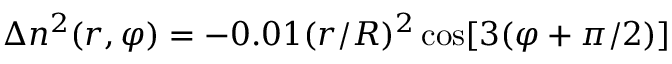
\Delta n ^ { 2 } ( r , \varphi ) = - 0 . 0 1 ( r / R ) ^ { 2 } \cos [ 3 ( \varphi + \pi / 2 ) ]